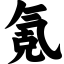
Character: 氪